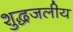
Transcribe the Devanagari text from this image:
शुद्धजलीय